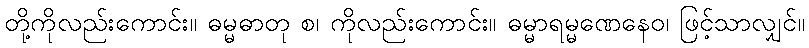
တို့ကိုလည်းကောင်း။ ဓမ္မဓာတု စ၊ ကိုလည်းကောင်း။ ဓမ္မာရမ္မဏေနေဝ၊ ဖြင့်သာလျှင်။